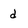
Character: d